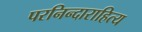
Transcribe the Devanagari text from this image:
परनिन्दाराहित्य